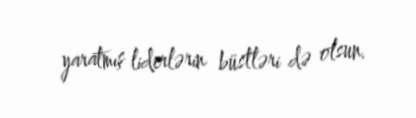
yaratmış liderlərin büstləri də olsun.